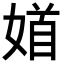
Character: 𡞝